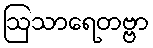
ဩသာရေတဗ္ဗာ